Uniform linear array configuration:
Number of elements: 24
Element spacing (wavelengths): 0.5
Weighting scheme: blackman
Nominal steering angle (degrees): -30
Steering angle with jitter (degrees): -29.753
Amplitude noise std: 0.05
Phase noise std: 0.05

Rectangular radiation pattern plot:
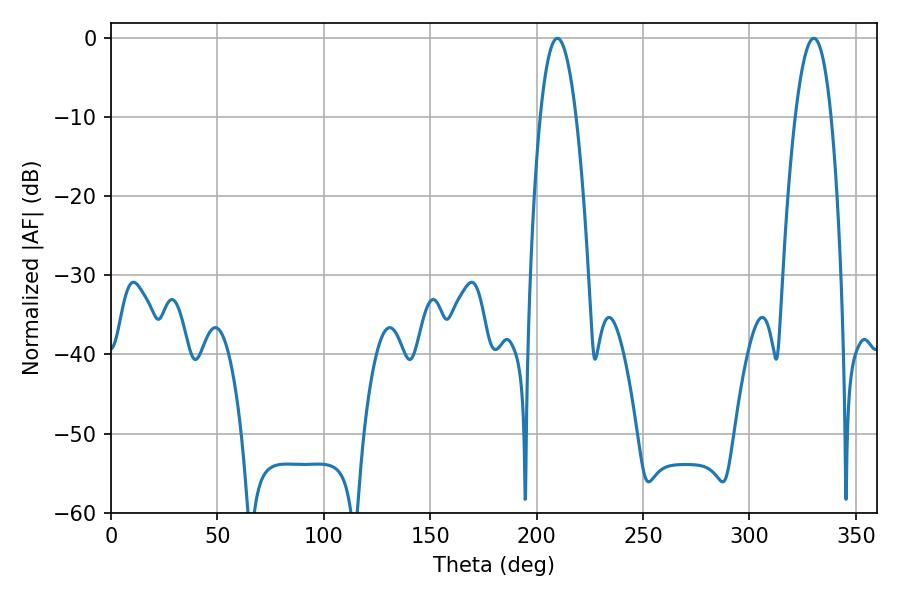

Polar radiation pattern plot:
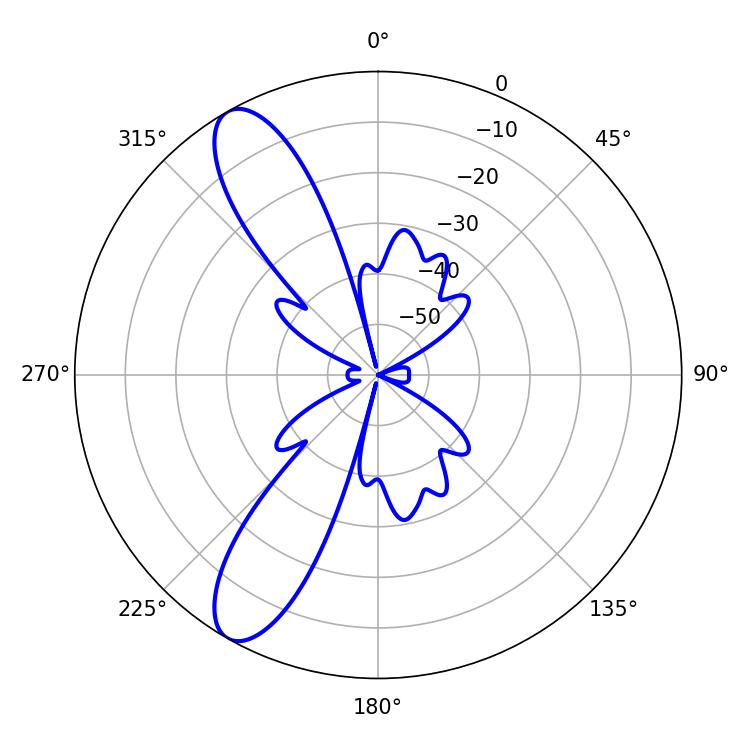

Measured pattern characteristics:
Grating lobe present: FALSE
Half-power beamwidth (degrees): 9.36
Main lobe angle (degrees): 209.7